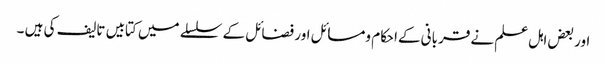
اور بعض اہل علم نے قربانی کےاحکام ومسائل اور فضائل کے سلسلے میں کتابیں تالیف کی ہیں ۔